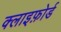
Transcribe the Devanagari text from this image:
क्लाइफ़ोर्ड